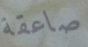
صاعقة